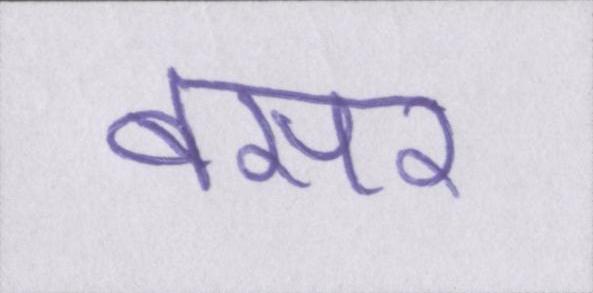
बसर